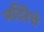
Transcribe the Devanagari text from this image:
मदिरेचे